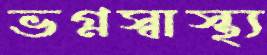
ভগ্নস্বাস্থ্য